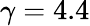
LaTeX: \gamma=4.4